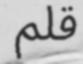
قلم